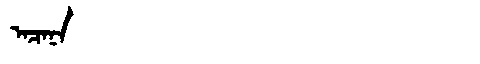
Manchu: ᠠᠴᠠᠨᠠ
Romanization: ACANA